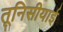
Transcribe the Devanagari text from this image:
तूनिसीयाई